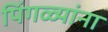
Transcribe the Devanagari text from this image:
पिंगळ्यांना